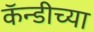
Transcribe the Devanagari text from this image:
कॅन्डीच्या